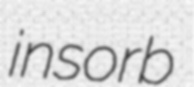
insorb